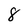
Character: 8